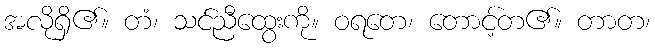
အလိုရှိ၏။ တံ၊ သင်ညီထွေးကို။ ဝရတေ၊ တောင့်တ၏။ တာတ၊